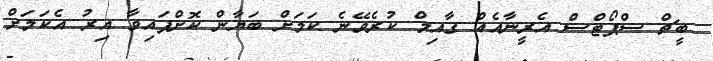
ބީޗް ސްޕޯޓްސް އެރީނާއެއް ގާއިމް ކުރެވޭނެ ކަމަށް ބަޔާން ކޮށްފައިވާ އިރު އެކަމަށް